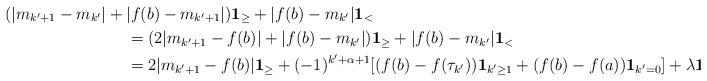
LaTeX: \begin{align*}(|m_{k'+1}-m_{k'}|+\mathrlap{|f(b)-m_{k'+1}|)\mathbf{1}_{\ge}+|f(b)-m_{k'}|\mathbf{1}_{<}} \\ & =(2|m_{k'+1}-f(b)|+|f(b)-m_{k'}|)\mathbf{1}_{\ge}+|f(b)-m_{k'}|\mathbf{1}_{<} \\ & =2|m_{k'+1}-f(b)|\mathbf{1}_{\ge}+(-1)^{k'+\alpha+1}[(f(b)-f(\tau_{k'}))\mathbf{1}_{k'\ge1}+(f(b)-f(a))\mathbf{1}_{k'=0}]+\lambda\mathbf{1}_{k'\ge1}.\end{align*}